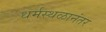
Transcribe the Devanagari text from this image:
धर्मस्थळानंतर